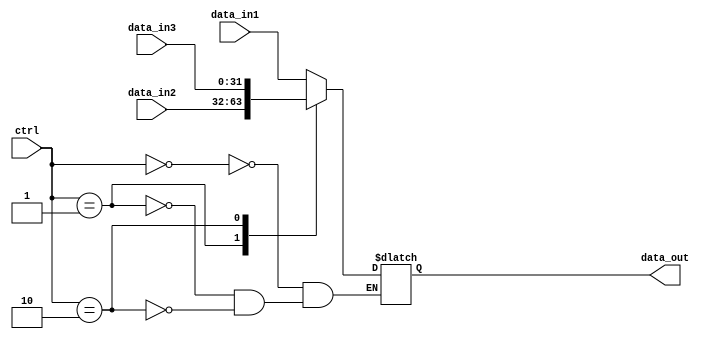
`timescale 1ns / 1ps
//////////////////////////////////////////////////////////////////////////////////
// Company: 
// Engineer: 
// 
// Design Name: 
// Module Name:    dataselect_32_bit_3data 
// Project Name: 
// Target Devices: 
// Tool versions: 
// Description: 
//
// Dependencies: 
//
// Revision: 
// Revision 0.01 - File Created
// Additional Comments: 
//
//////////////////////////////////////////////////////////////////////////////////
module dataselect_32_bit_3data(data_in1, data_in2,data_in3, ctrl, data_out);
  input [31:0] data_in1, data_in2,data_in3; 
  input [1:0]ctrl; //
  output reg [31:0] data_out;

	always@(*)
	begin
		case(ctrl)
				2'b00:data_out = data_in1;
				2'b01:data_out = data_in2;
				2'b10:data_out = data_in3;
		endcase
	end
  
  
endmodule